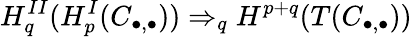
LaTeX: H_{q}^{II}(H_{p}^{I}(C_{\bullet,\bullet}))\Rightarrow_{q}H^{p+q}(T(C_{\bullet,\bullet}))